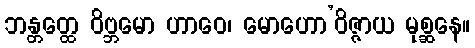
ဘန္တတ္ထေ ဝိဗ္ဘမော ဟာဝေ၊ မောဟော’ဝိဇ္ဇာယ မုစ္ဆနေ။